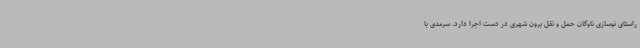
راستای نوسازی ناوگان حمل و نقل برون شهری در دست اجرا دارد. سرمدی با